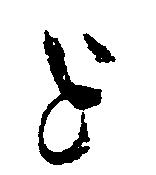
亡